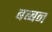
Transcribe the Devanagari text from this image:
बब्‍बन